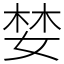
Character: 婪